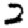
Digit: 2